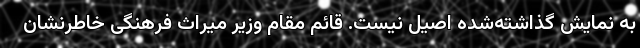
به نمایش گذاشته‌شده اصیل نیست. قائم مقام وزیر میراث فرهنگی خاطرنشان